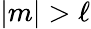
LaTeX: |m|>\ell